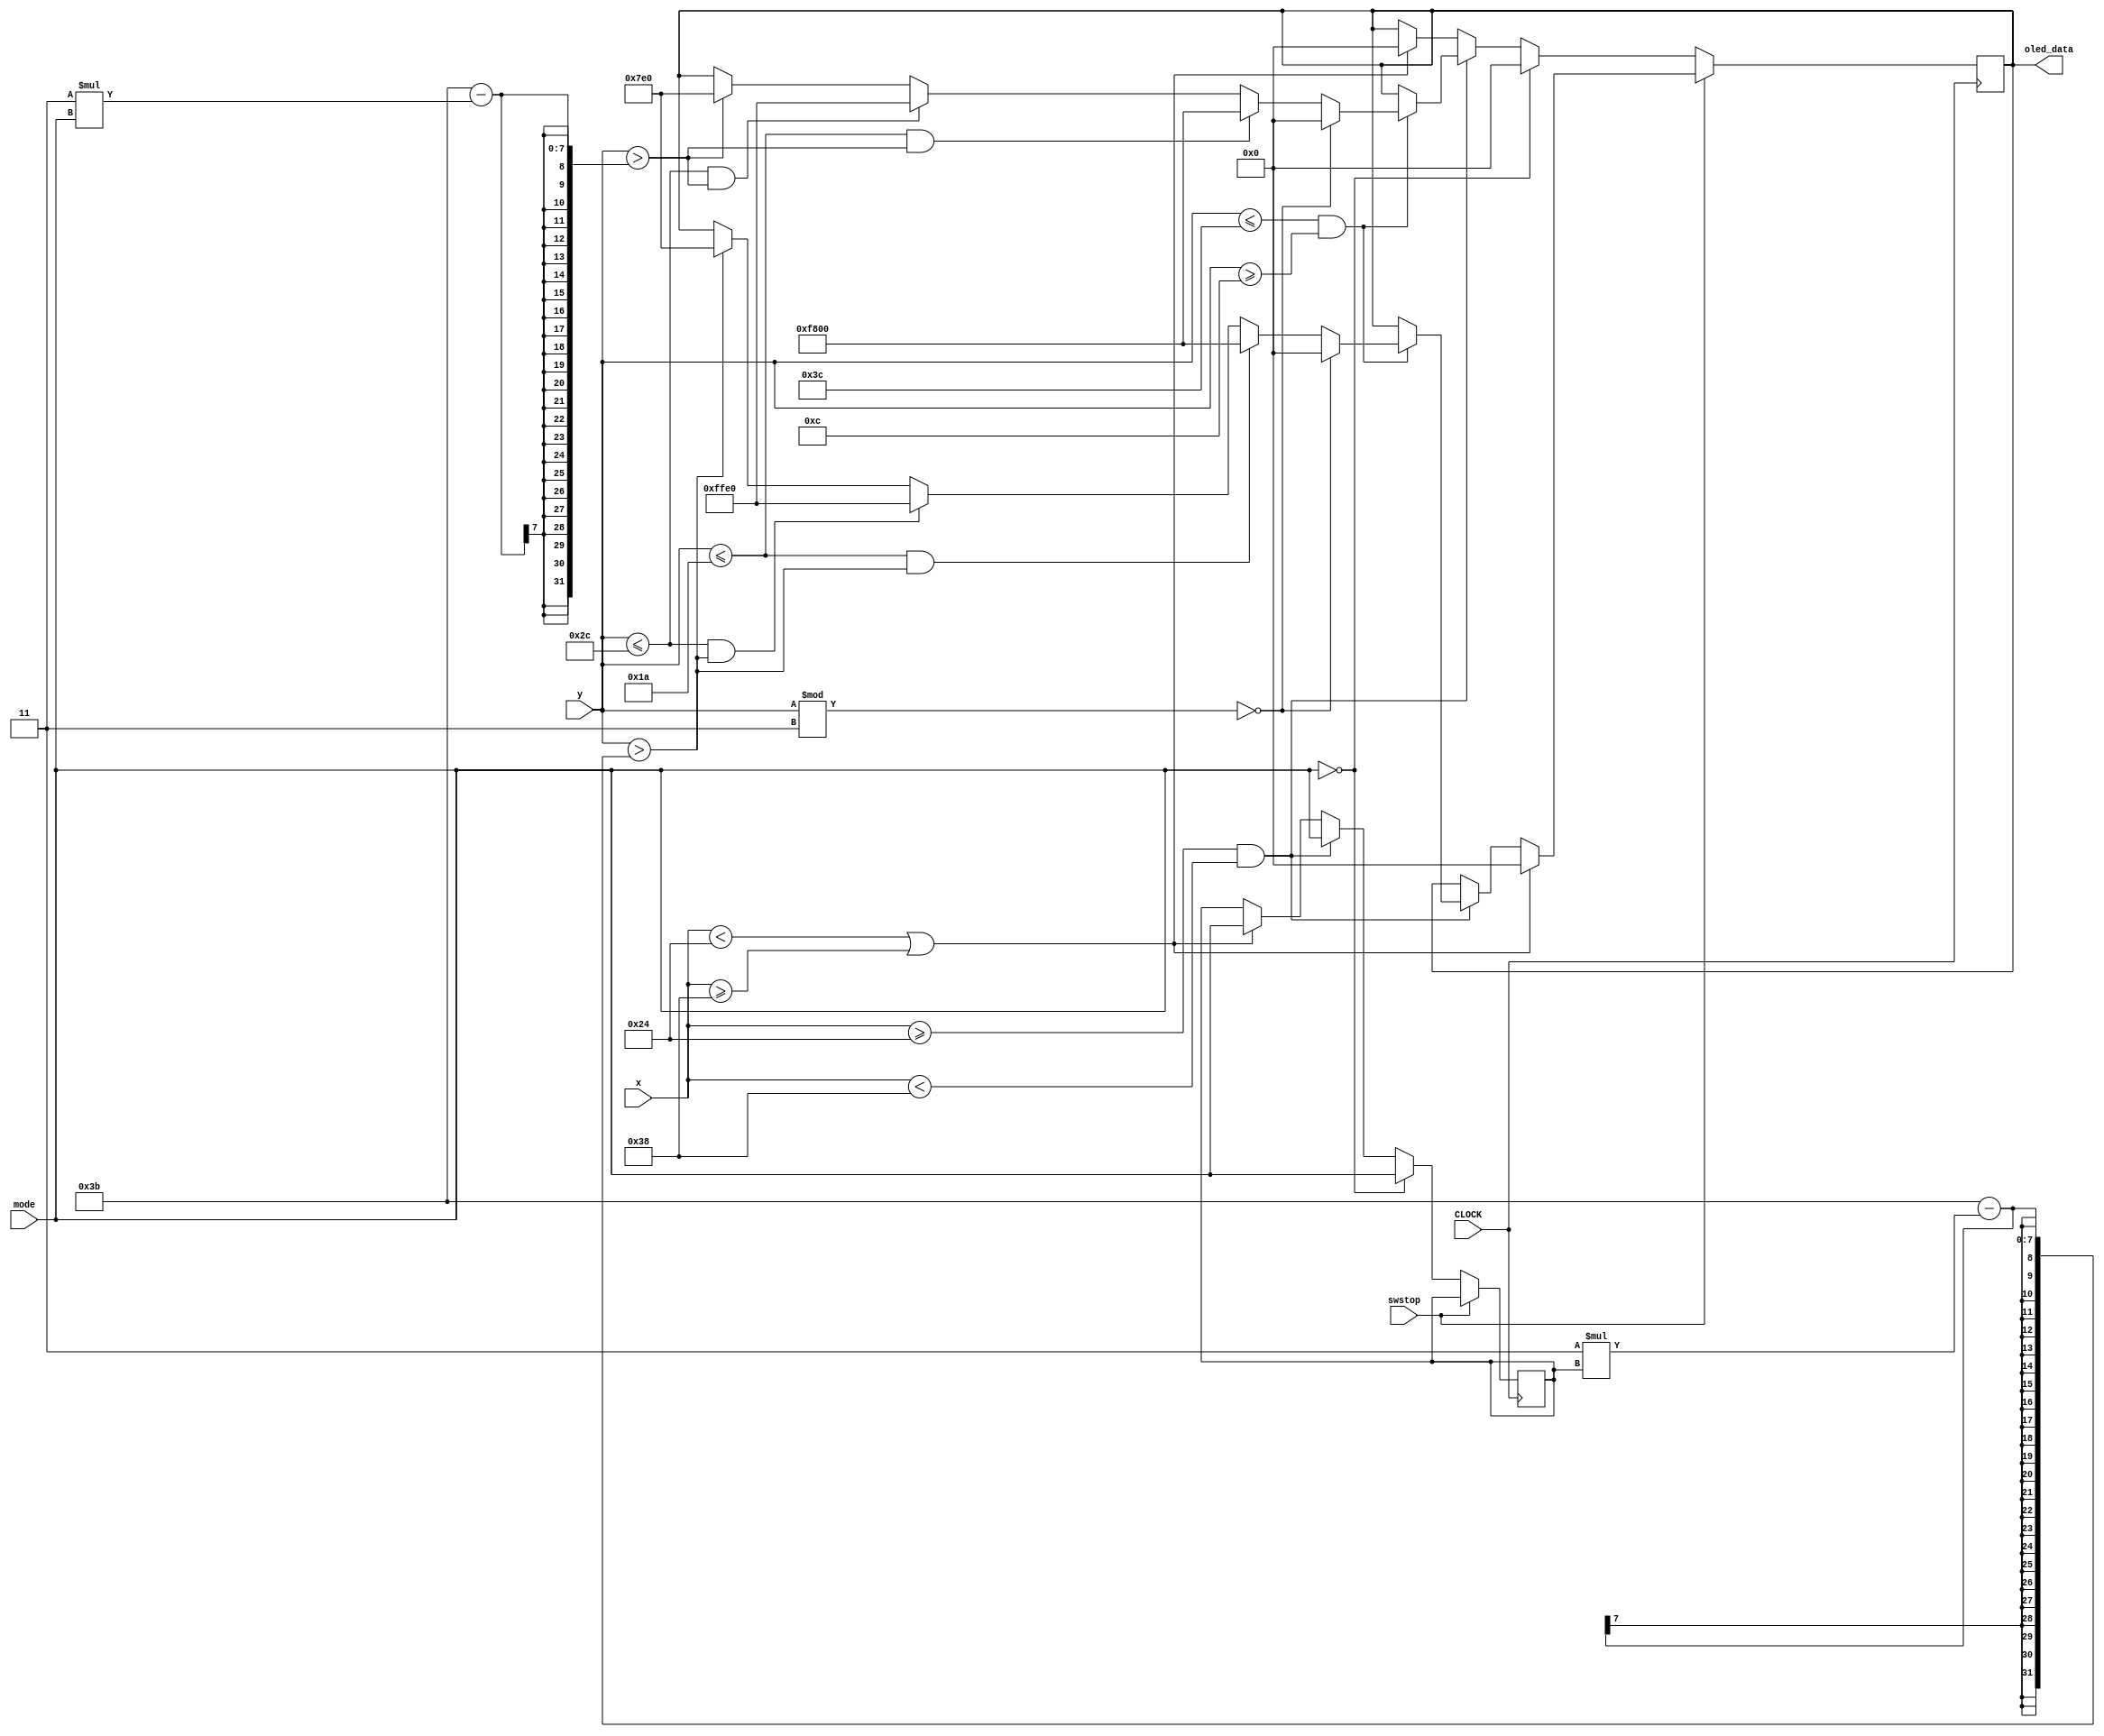
`timescale 1ns / 1ps
//////////////////////////////////////////////////////////////////////////////////
// Company: 
// Engineer: 
// 
// Design Name: 
// Module Name: basic_oled
// Project Name: 
// Target Devices: 
// Tool Versions: 
// Description: 
// 
// Dependencies: 
// 
// Revision:
// Revision 0.01 - File Created
// Additional Comments:
// 
//////////////////////////////////////////////////////////////////////////////////


module basic_oled(
    input swstop,
    input CLOCK,
    input [7:0] x,
    input [7:0] y,
    input [4:0] mode,
    output reg [15:0] oled_data
    );
    reg [4:0] mode1 =0;
    always @(posedge CLOCK) begin
        if(swstop == 1) begin
          if( x >= 36 && x < 56) begin
                if(y <= 60 && y >= 12) begin
                   if(y % 3 == 0) begin
                       oled_data <= 16'h0;
                   end
                   else if(y <= 26 && y > 59 - 3*mode1)
                        oled_data <= 16'hf800;
                   else if(y <= 44 && y > 59 - 3*mode1)
                        oled_data <= 16'hffe0;
                   else if(y > 59 - 3*mode1)
                         oled_data <= 16'h07e0; 
               end
            end
            if( x < 36 || x >= 56)
                oled_data <= 16'h0;
        end
        else if(mode == 0) begin
           oled_data <= 16'h0;
           mode1 <= mode;
        end 
        else if( x >= 36 && x < 56) begin
            if(y <= 60 && y >= 12) begin
               if(y % 3 == 0) begin
                   oled_data <= 16'h0;
               end
               else if(y <= 26 && y > 59 - 3*mode)
                    oled_data <= 16'hf800;
               else if(y <= 44 && y > 59 - 3*mode)
                    oled_data <= 16'hffe0;
               else if(y > 59 - 3*mode)
                     oled_data <= 16'h07e0; 
           end
           mode1 <= mode;
        end
        else if( x < 36 || x >= 56) begin
           oled_data <= 16'h0;
           mode1 <= mode;
        end
        
    end
    
endmodule